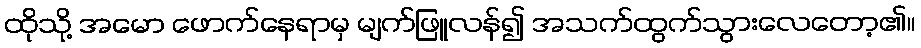
ထိုသို့ အမော ဖောက်နေရာမှ မျက်ဖြူလန်၍ အသက်ထွက်သွားလေတော့၏။